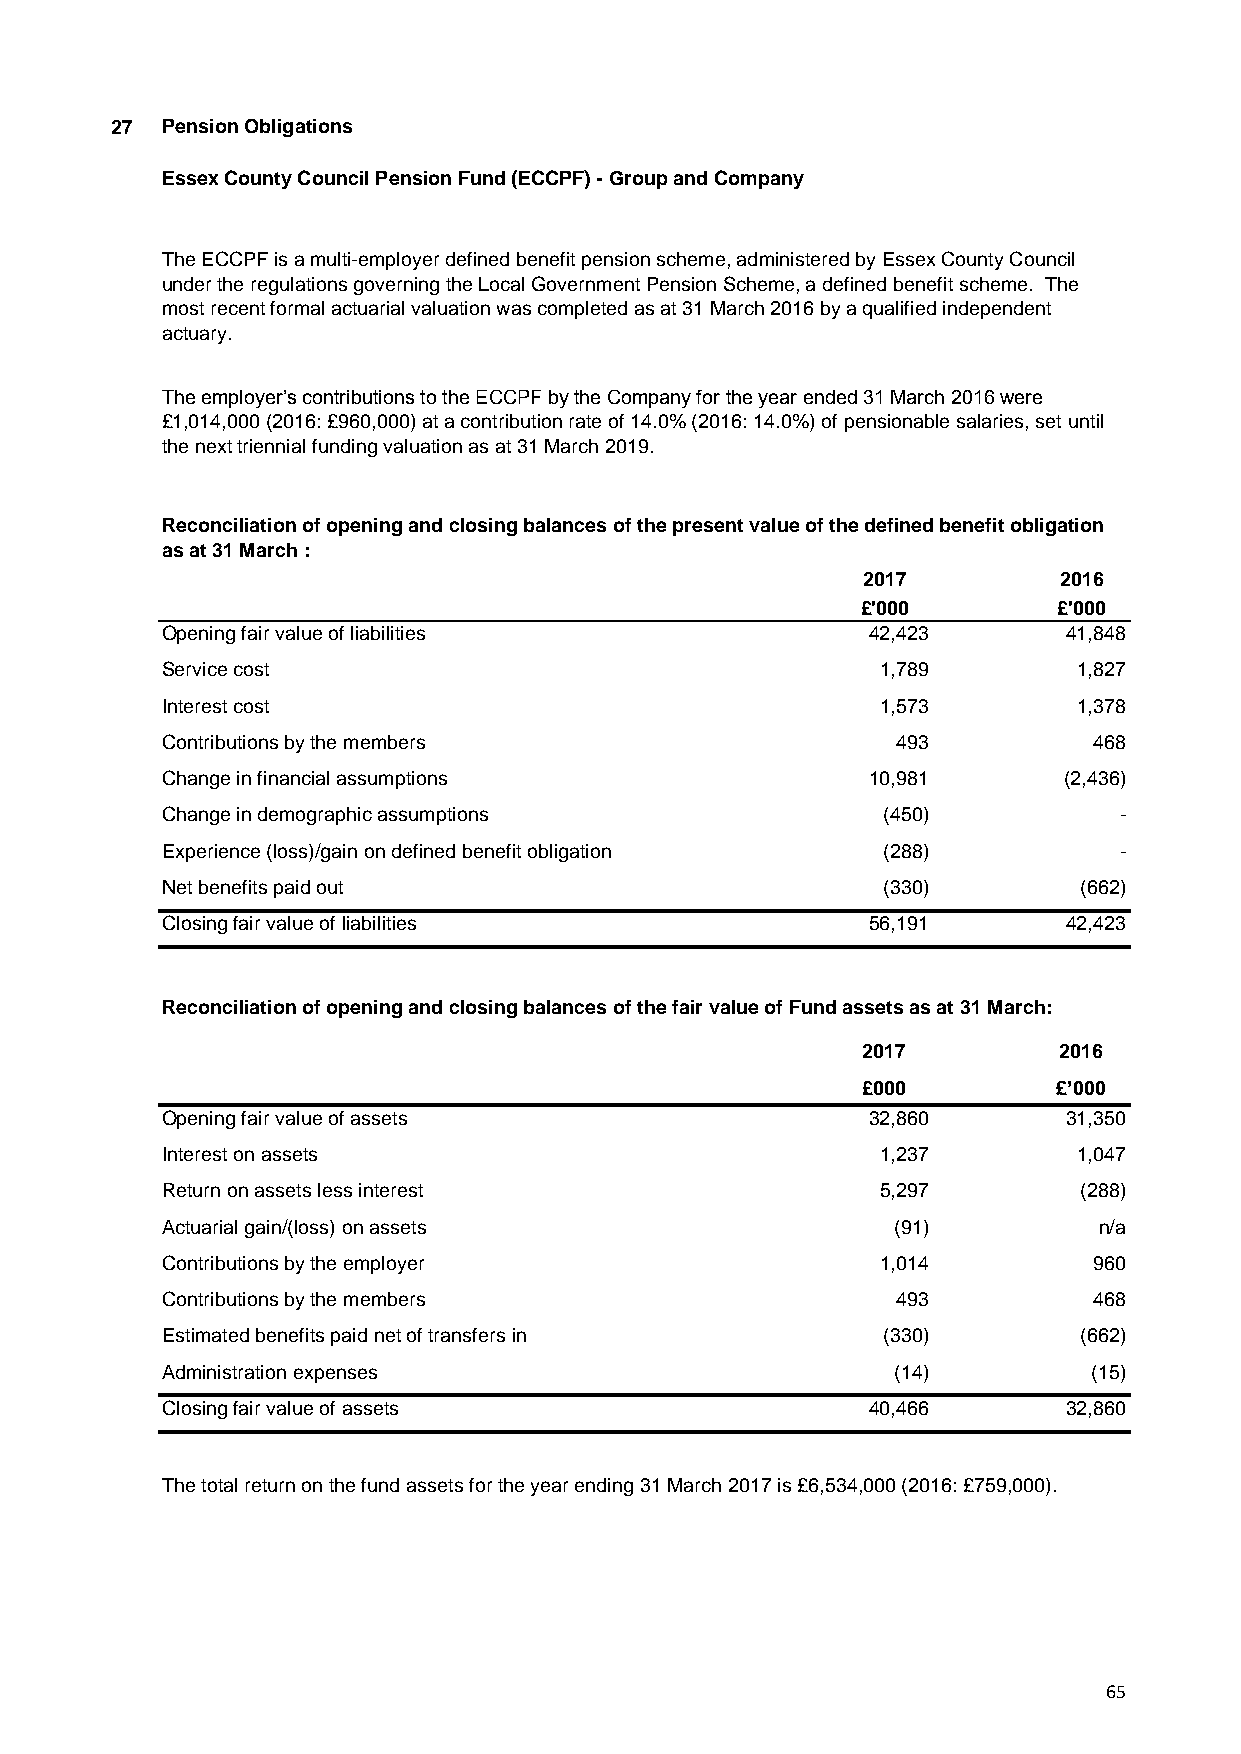
27  Pension Obligations
 Essex County Council Pension Fund (ECCPF) - Group and Company
 The ECCPF is a multi-employer defined benefit pension scheme, administered by Essex County Council
 under the regulations governing the Local Government Pension Scheme, a defined benefit scheme. The
 most recent formal actuarial valuation was completed as at 31 March 2016 by a qualified independent
 actuary.
 The employer’s contributions to the ECCPF by the Company for the year ended 31 March 2016 were
 £1,014,000 (2016: £960,000) at a contribution rate of 14.0% (2016: 14.0%) of pensionable salaries, set until
 the next triennial funding valuation as at 31 March 2019.
 Reconciliation of opening and closing balances of the present value of the defined benefit obligation
 as at 31 March :
 2017         2016
 £'000        £'000
 Opening fair value of liabilities             42,423       41,848
 Service cost                                   1,789        1,827
 Interest cost                                  1,573        1,378
 Contributions by the members                    493          468
 Change in financial assumptions               10,981       (2,436)
 Change in demographic assumptions              (450)           -
 Experience (loss)/gain on defined benefit obligation (288)     -
 Net benefits paid out                          (330)        (662)
 Closing fair value of liabilities             56,191       42,423
 Reconciliation of opening and closing balances of the fair value of Fund assets as at 31 March:
 2017         2016
 £000         £’000
 Opening fair value of assets                  32,860       31,350
 Interest on assets                             1,237        1,047
 Return on assets less interest                 5,297        (288)
 Actuarial gain/(loss) on assets                 (91)          n/a
 Contributions by the employer                  1,014         960
 Contributions by the members                    493          468
 Estimated benefits paid net of transfers in    (330)        (662)
 Administration expenses                         (14)         (15)
 Closing fair value of assets                  40,466       32,860
 The total return on the fund assets for the year ending 31 March 2017 is £6,534,000 (2016: £759,000).
 65